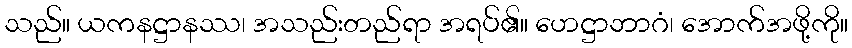
သည်။ ယကနဋ္ဌာနဿ၊ အသည်းတည်ရာ အရပ်၏။ ဟေဋ္ဌာဘာဂံ၊ အောက်အဖို့ကို။